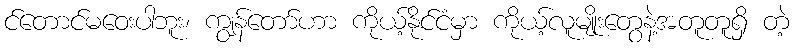
င်တောင်မဝေးပါဘူး၊ ကျွန်တော်ဟာ ကိုယ့်နိုင်ငံမှာ ကိုယ့်လူမျိုးတွေနဲ့အတူတူရှိ တဲ့